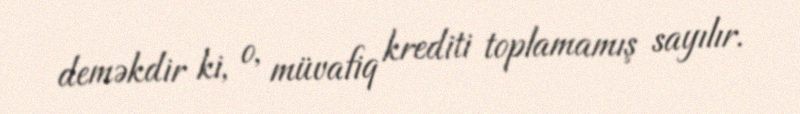
deməkdir ki, o, müvafiq krediti toplamamış sayılır.